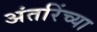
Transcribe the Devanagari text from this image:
अंतरिंच्या